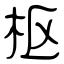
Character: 枢